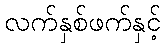
လက်နှစ်ဖက်နှင့်